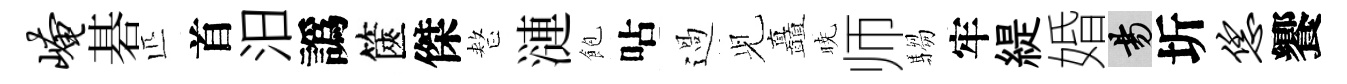
崦碁匹首汨譌篋傑整漣飽呫過𫤗矗暁师騶牢緹婚昜圻恁饗